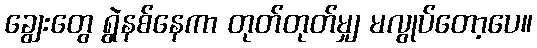
ချွေးတွေ ရွဲနစ်နေကာ တုတ်တုတ်မျှ မလွုပ်တော့ပေ။